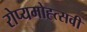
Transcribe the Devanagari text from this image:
रोप्यमोह्त्सवी